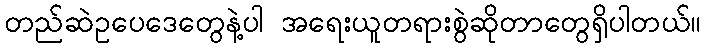
တည်ဆဲဥပေဒေတွေနဲ့ပါ အရေးယူတရားစွဲဆိုတာတွေရှိပါတယ်။